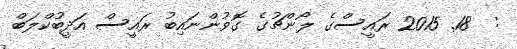
:  18